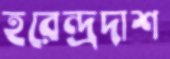
হরেন্দ্রদাশ